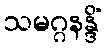
သမဂ္ဂနန္ဒိံ